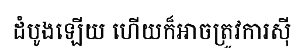
ដំបូងឡើយ ហើយក៏អាចត្រូវការស៊ី